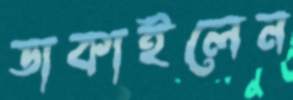
ডাকাইলেন